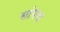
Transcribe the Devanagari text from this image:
सांगत्य